NAE_ERA_R-2324_Eesti_Vabariigi_Pohiseaduslik_Assamblee, lk 97
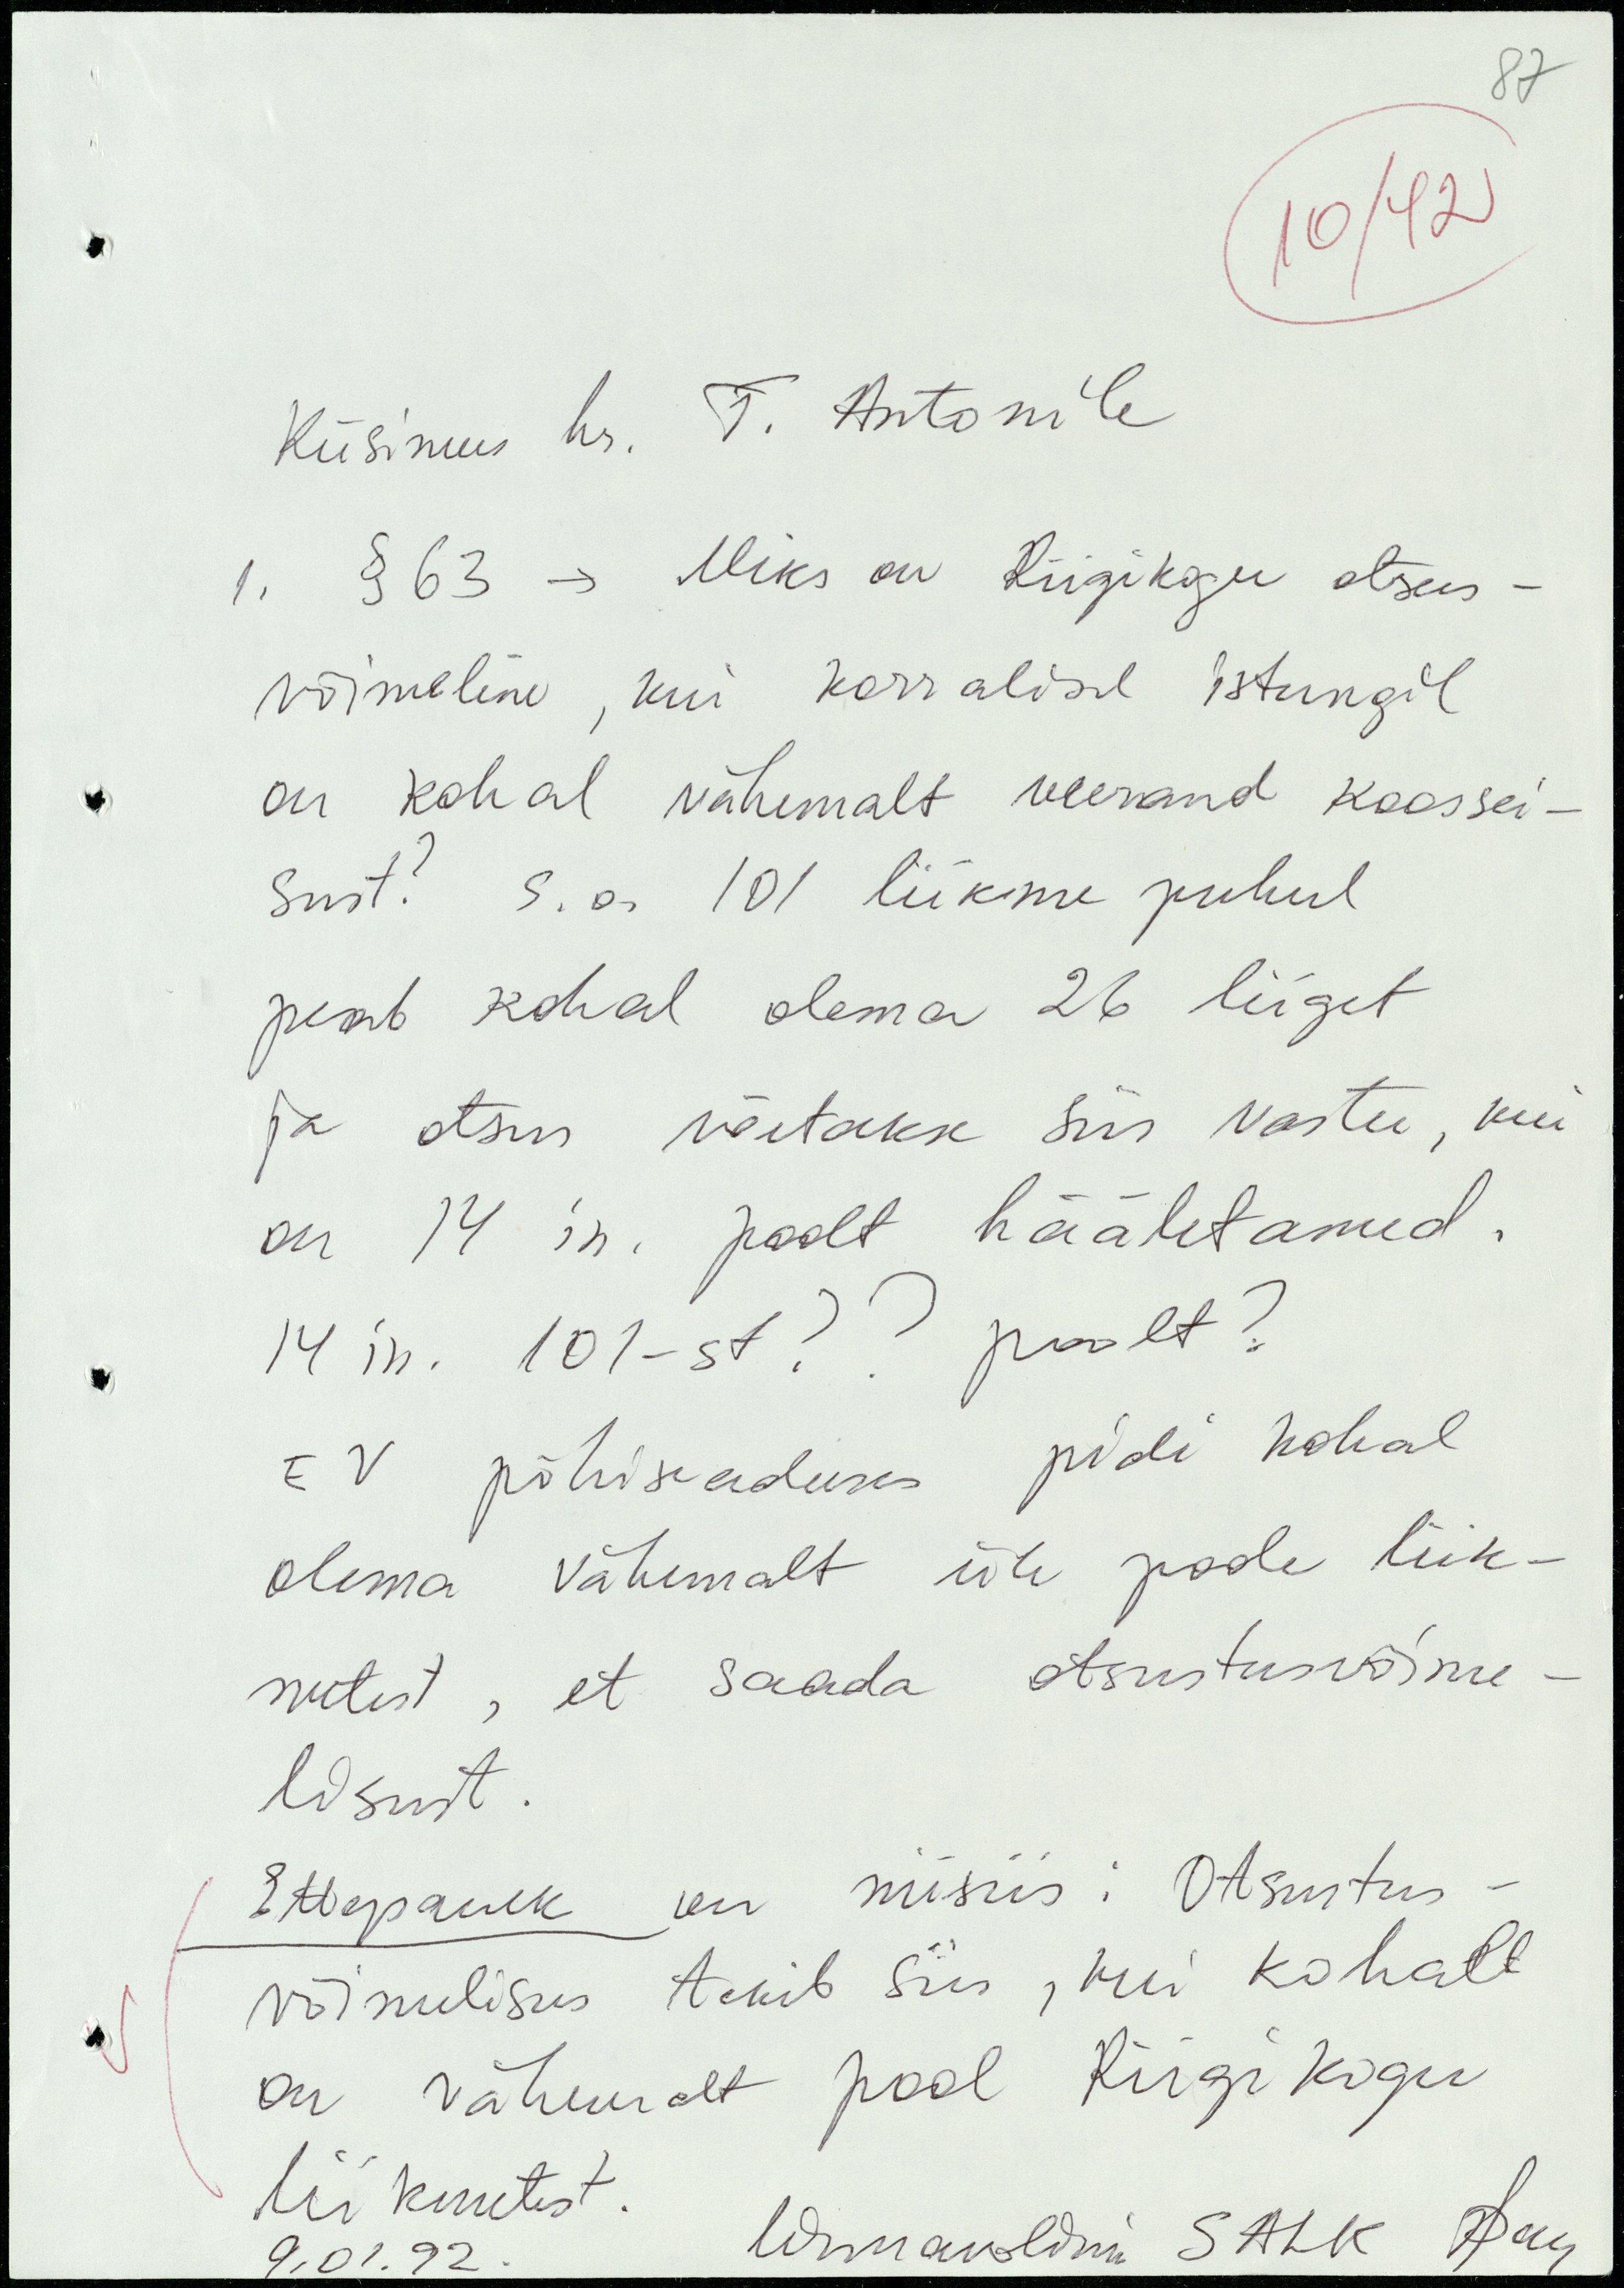
87

10/42
Küsimus hr. T. Antonile
1. § 63 - Miks on Riigikogu otsus-
võimeline, kui korralisel istungil
on kohal vähemalt veerand koossei-
sust? s.o. 101 liikme puhul
peab kohal olema 26 liiget
ja otsus võetakse siis vastu, kui
on 14 in. poolt hääletanud.
14 in. 101-st?? poolt?
EV põhiseaduses pidi kohal
olema vähemalt üle poole liik-
metest, et saada otsustusvõime-
lisust.
Ettepanek on niisiis: Otsustus-
võimelisus tekib siis, kui kohall
on vähemalt pool Riigikogu
liikmetest.
linnavolinik SALK
9.01.92.